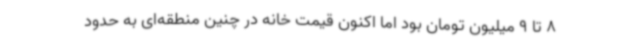
8 تا 9 میلیون تومان بود اما اکنون قیمت خانه در چنین منطقه‌ای به حدود